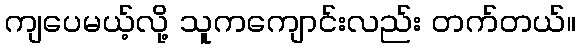
ကျပေမယ့်လို့ သူကကျောင်းလည်း တက်တယ်။